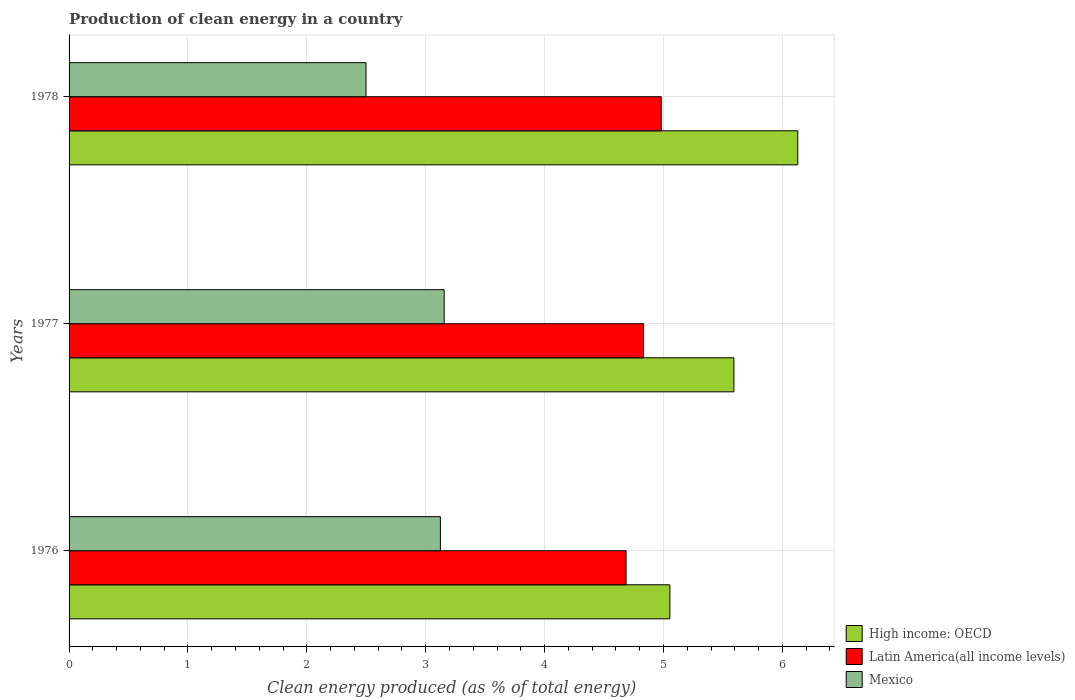
| Years | High income: OECD | Latin America(all income levels) | Mexico |
 | --- | --- | --- | --- |
 | 1976 | 5.05 | 4.69 | 3.12 |
 | 1977 | 5.59 | 4.83 | 3.16 |
 | 1978 | 6.13 | 4.98 | 2.5 |